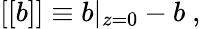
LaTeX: [[b]]\equiv b|_{z=0}-b~,